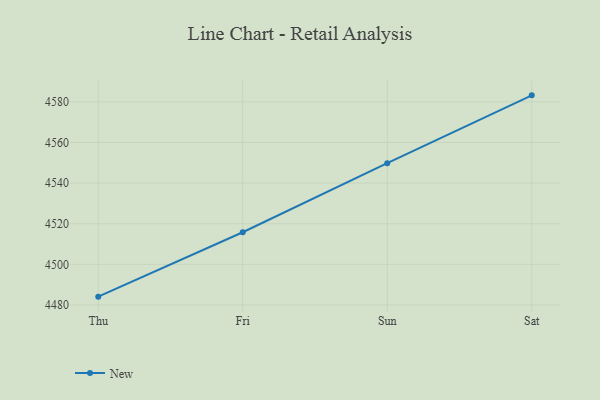
{"axis": {"x": "Day", "y": "Bounce Rate (%)"}, "legend": ["New"], "data": [{"x": "Thu", "y": 4484.1, "type": "New"}, {"x": "Fri", "y": 4515.8, "type": "New"}, {"x": "Sun", "y": 4549.8, "type": "New"}, {"x": "Sat", "y": 4583.2, "type": "New"}]}